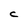
Character: c